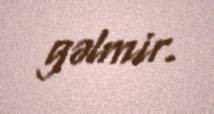
gəlmir.